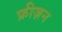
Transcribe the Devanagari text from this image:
फ्रीज़न